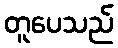
တူပေသည်